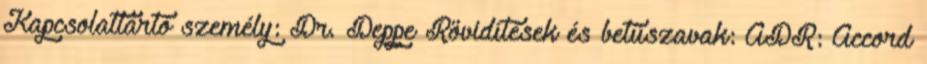
Kapcsolattartó személy: Dr. Deppe Rövidítések és betűszavak: ADR: Accord